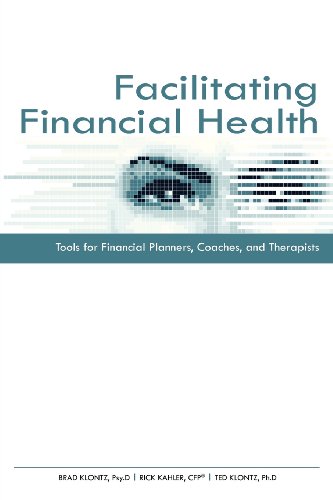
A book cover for Facilitating Financial Health: Tools for Financial Planners, Coaches, and Therapists (Books24x7. Financepro); Brad Klontz; Business & Money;